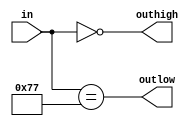
//comparator
module comparator (in, outhigh, outlow);
	parameter n = 7;
	parameter upper = 0;
	parameter lower = 7'd119;
	input [n:0] in;
	output outhigh;
	output outlow;
	
	assign outhigh = (in == upper);
	assign outlow = (in == lower);
	
endmodule